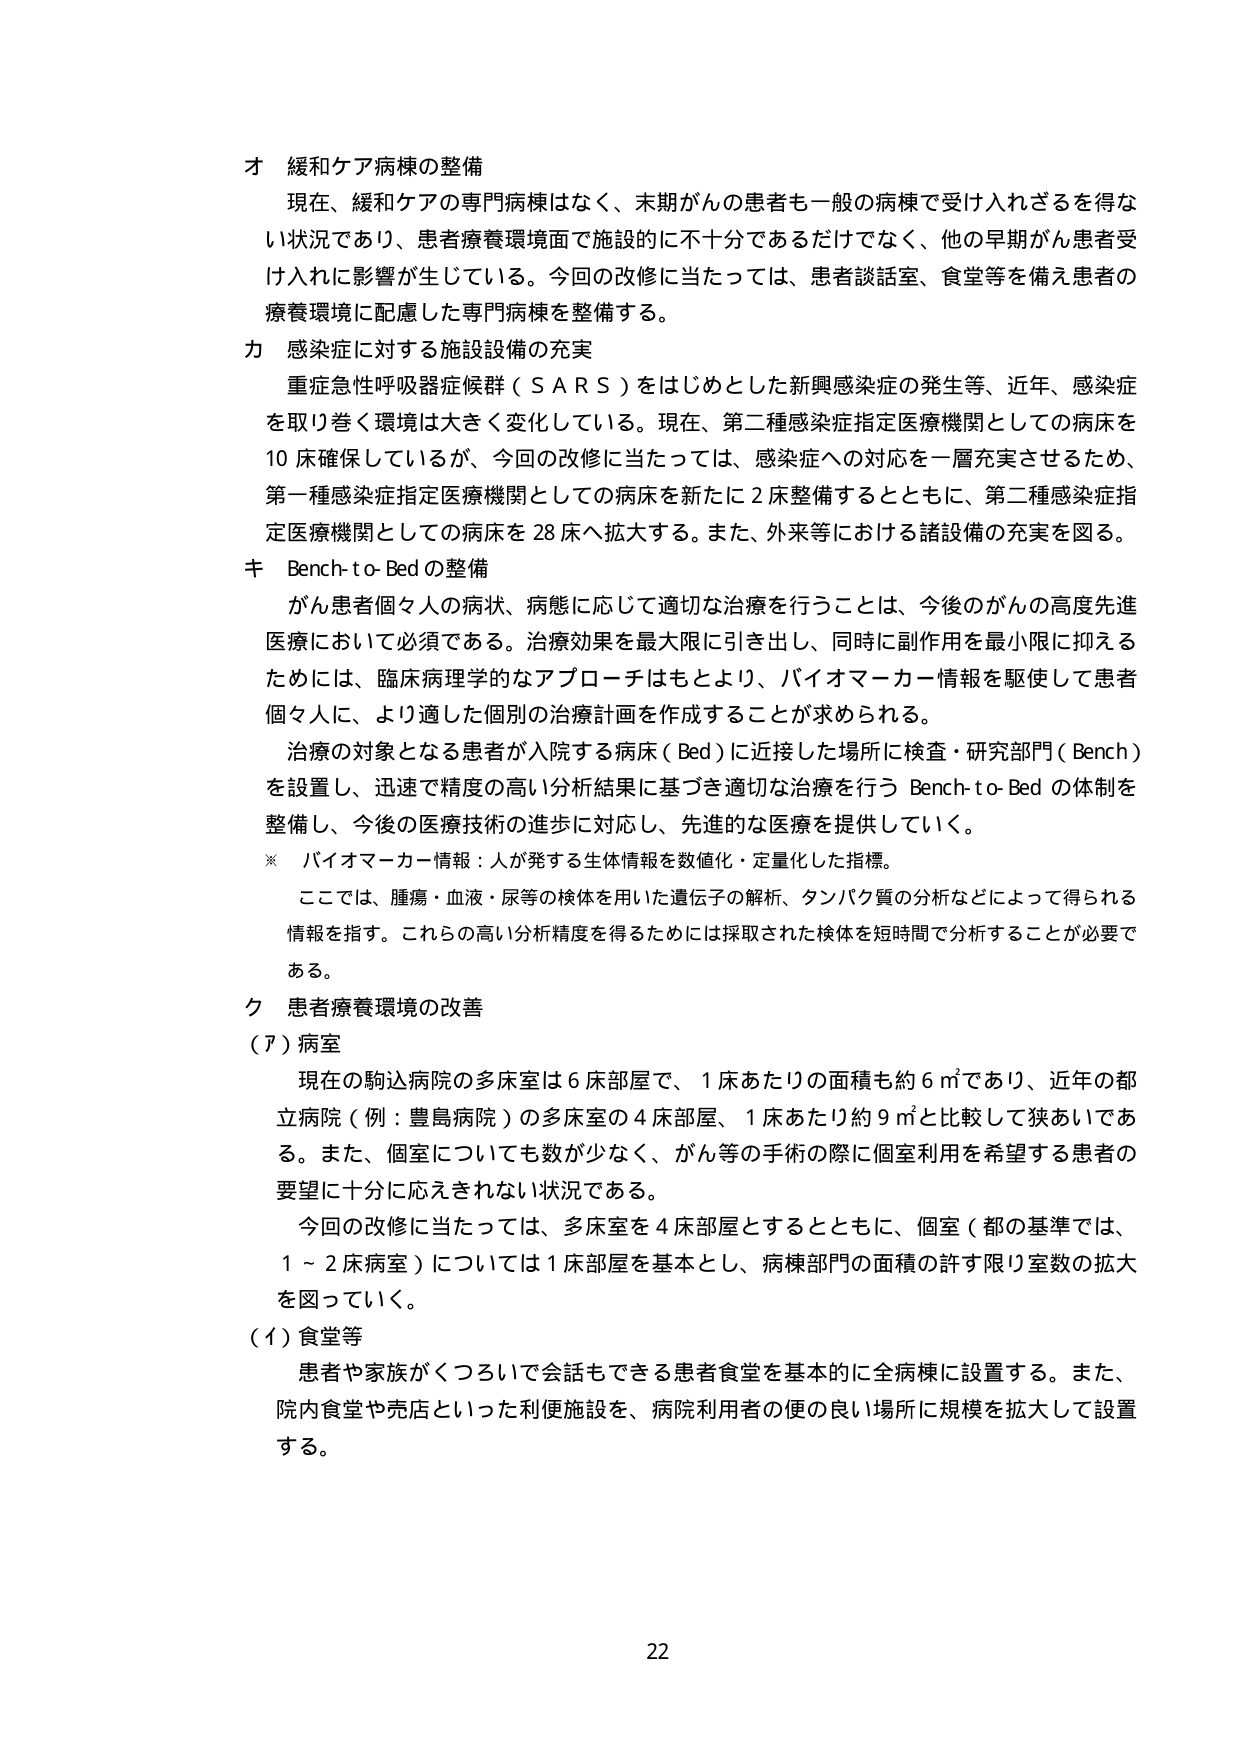
オ 緩和ケア病棟の整備
現在、緩和ケアの専門病棟はなく、末期がんの患者も一般の病棟で受け入れざるを得ない状況であり、患者療養環境面で施設的に不十分であるだけでなく、他の早期がん患者受け入れに影響が生じている。今回の改修に当たっては、患者談話室、食堂等を備え患者の療養環境に配慮した専門病棟を整備する。

カ 感染症に対する施設設備の充実
重症急性呼吸器症候群（SARS）をはじめとした新興感染症の発生等、近年、感染症を取り巻く環境は大きく変化している。現在、第二種感染症指定医療機関としての病床を10床確保しているが、今回の改修に当たっては、感染症への対応を一層充実させるため、第一種感染症指定医療機関としての病床を新たに2床整備するとともに、第二種感染症指定医療機関としての病床を28床へ拡大する。また、外来等における諸設備の充実を図る。

キ Bench-to-Bedの整備
がん患者個々人の病状、病態に応じて適切な治療を行うことは、今後のがんの高度先進医療において必須である。治療効果を最大限に引き出し、同時に副作用を最小限に抑えるためには、臨床病理学的なアプローチはもとより、バイオマーカー情報を駆使して患者個々人に、より適した個別の治療計画を作成することが求められる。
治療の対象となる患者が入院する病床（Bed）に近接した場所に検査・研究部門（Bench）を設置し、迅速で精度の高い分析結果に基づき適切な治療を行うBench-to-Bedの体制を整備し、今後の医療技術の進歩に対応し、先進的な医療を提供していく。
※ バイオマーカー情報：人が発する生体情報を数値化・定量化した指標。
ここでは、腫瘍・血液・尿等の検体を用いた遺伝子の解析、タンパク質の分析などによって得られる情報を指す。これらの高い分析精度を得るためには採取された検体を短時間で分析することが必要である。

ク 患者療養環境の改善
（ア）病室
現在の駒込病院の多床室は6床部屋で、1床あたりの面積も約6㎡であり、近年の都立病院（例：豊島病院）の多床室の4床部屋、1床あたり約9㎡と比較して狭あいである。また、個室についても数が少なく、がん等の手術の際に個室利用を希望する患者の要望に十分に応えきれない状況である。
今回の改修に当たっては、多床室を4床部屋とするとともに、個室（都の基準では、1～2床病室）については1床部屋を基本とし、病棟部門の面積の許す限り室数の拡大を図っていく。
（イ）食堂等
患者や家族がくつろいで会話もできる患者食堂を基本的に全病棟に設置する。また、院内食堂や売店といった利便施設を、病院利用者の便の良い場所に規模を拡大して設置する。

22